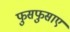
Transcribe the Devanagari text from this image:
फुसफुसाए